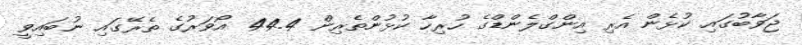
ޖަވާބުގައި ކުޅެން އެރި އިންގްލެންޑްގެ ހުރިހާ ކުޅުންތެރިން 44.4 އޯވަރުގެ ތެރޭގައި ނުބައިވީ